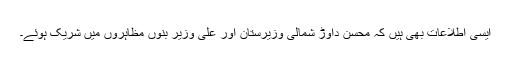
ایسی اطلاعات بھی ہیں کہ محسن داوڑ شمالی وزیرستان اور علی وزیر بنوں مظاہروں میں شریک ہوئے۔